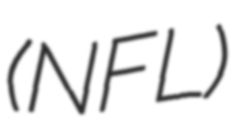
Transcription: (NFL)